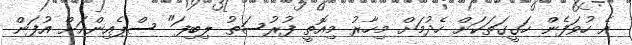
އެ ހުވަފެން ހަގީގަތަކަށް ހެދުމަށް މިހާރު މިއޮތީ ފުރުސަތު ލިބިފަ" ސްޕެއިންއަށް އުފަން